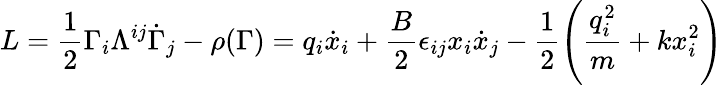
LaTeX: L=\frac{1}{2}\Gamma_{i}\Lambda^{ij}\dot{\Gamma}_{j}-\rho(\Gamma)=q_{i}\dot{x}_{i}+\frac{B}{2}\epsilon_{ij}x_{i}\dot{x}_{j}-\frac{1}{2}\left(\frac{q_{i}^{2}}{m}+kx_{i}^{2}\right)